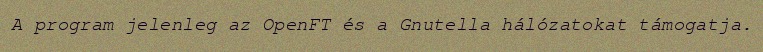
A program jelenleg az OpenFT és a Gnutella hálózatokat támogatja.